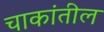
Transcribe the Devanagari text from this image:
चाकांतील